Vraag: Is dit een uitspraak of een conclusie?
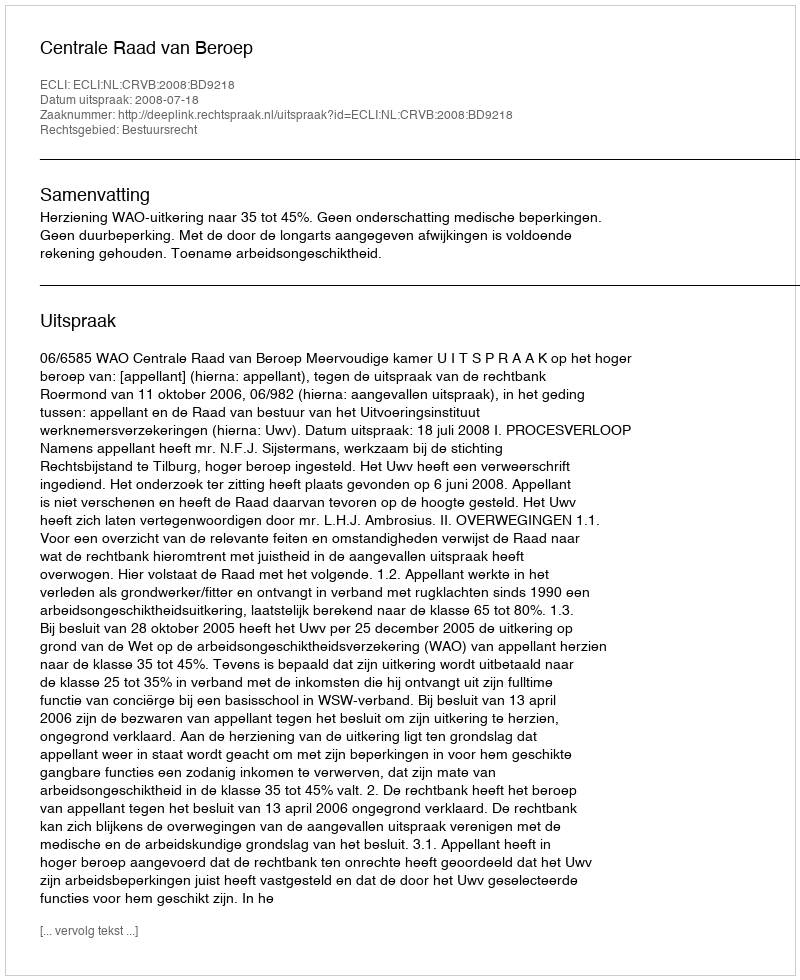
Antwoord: Uitspraak